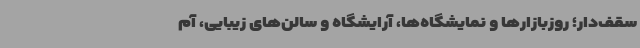
سقف‌دار؛ روزبازارها و نمایشگاه‌ها، آرایشگاه و سالن‌های زیبایی، آم